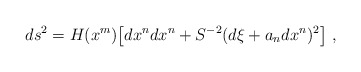
\begin{align*}ds^2 = H(x^m) \bigl[ d x^n d x^n + S^{-2}(d \xi + a_nd x^n )^2 \bigr] \ ,\end{align*}